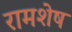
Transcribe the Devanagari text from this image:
रामशेष